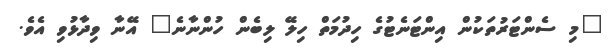
"މި ސެންޓަރުތަކުން އިންޓަނެޓުގެ ހިދުމަތް ހިލޭ ލިބެން ހުންނާނެ" އޭނާ ވިދާޅުވި އެވެ.